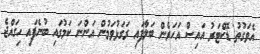
އެވަގުތު ޑޮކްޓަރު އައިސް އަހަރެން ބަލާފައި ރަގަޅުވަމުން އަންނަ ކަމުގައި ބުނެފައި ހިގައްޖެ